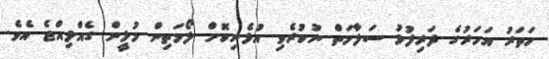
ހަތަރު އަހަރުގެ ދަރިފުޅު ސަލާމަތް ނުކުރެވި އުޅެނިކޮށް ލޯމަތިން މުޅީން ގެއްލިއްޖެ އެވެ.